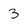
Character: 3